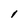
Character: 1